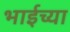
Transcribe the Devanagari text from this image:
भाईच्या